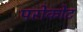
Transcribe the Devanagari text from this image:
परोकोट